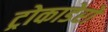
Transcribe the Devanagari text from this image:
ट्रोकाडेरो